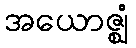
အယောဇ္ဈံ